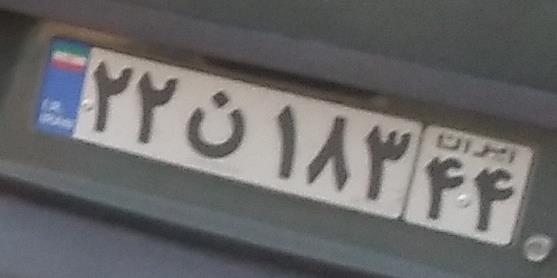
۲۲ن۱۸۳۴۴